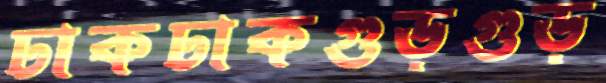
ঢাকঢাকগুড়গুড়